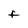
Character: F